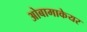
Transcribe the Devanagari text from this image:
ओबामाकेयर